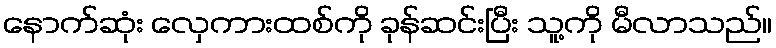
နောက်ဆုံး လှေကားထစ်ကို ခုန်ဆင်းပြီး သူ့ကို မီလာသည်။